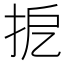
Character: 㧖